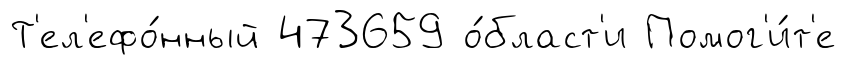
Т'ел'ефо́нный 473659 о́бласт'и Помог'и́т'е